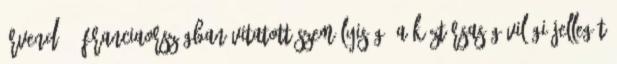
örvend -, Franciaországban vitatott személyiség: a köztársaság világi jellegét